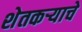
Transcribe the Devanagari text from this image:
शेतकऱ्याचे